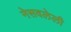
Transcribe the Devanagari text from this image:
नेसवलेली